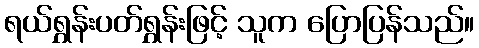
ရယ်ရွှန်းပတ်ရွှန်းဖြင့် သူက ပြောပြန်သည်။